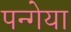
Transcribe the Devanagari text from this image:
पन्गेया